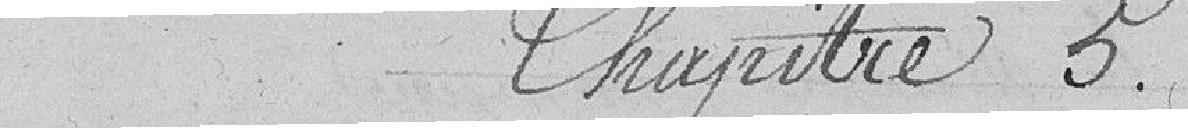
Chapitre 5.